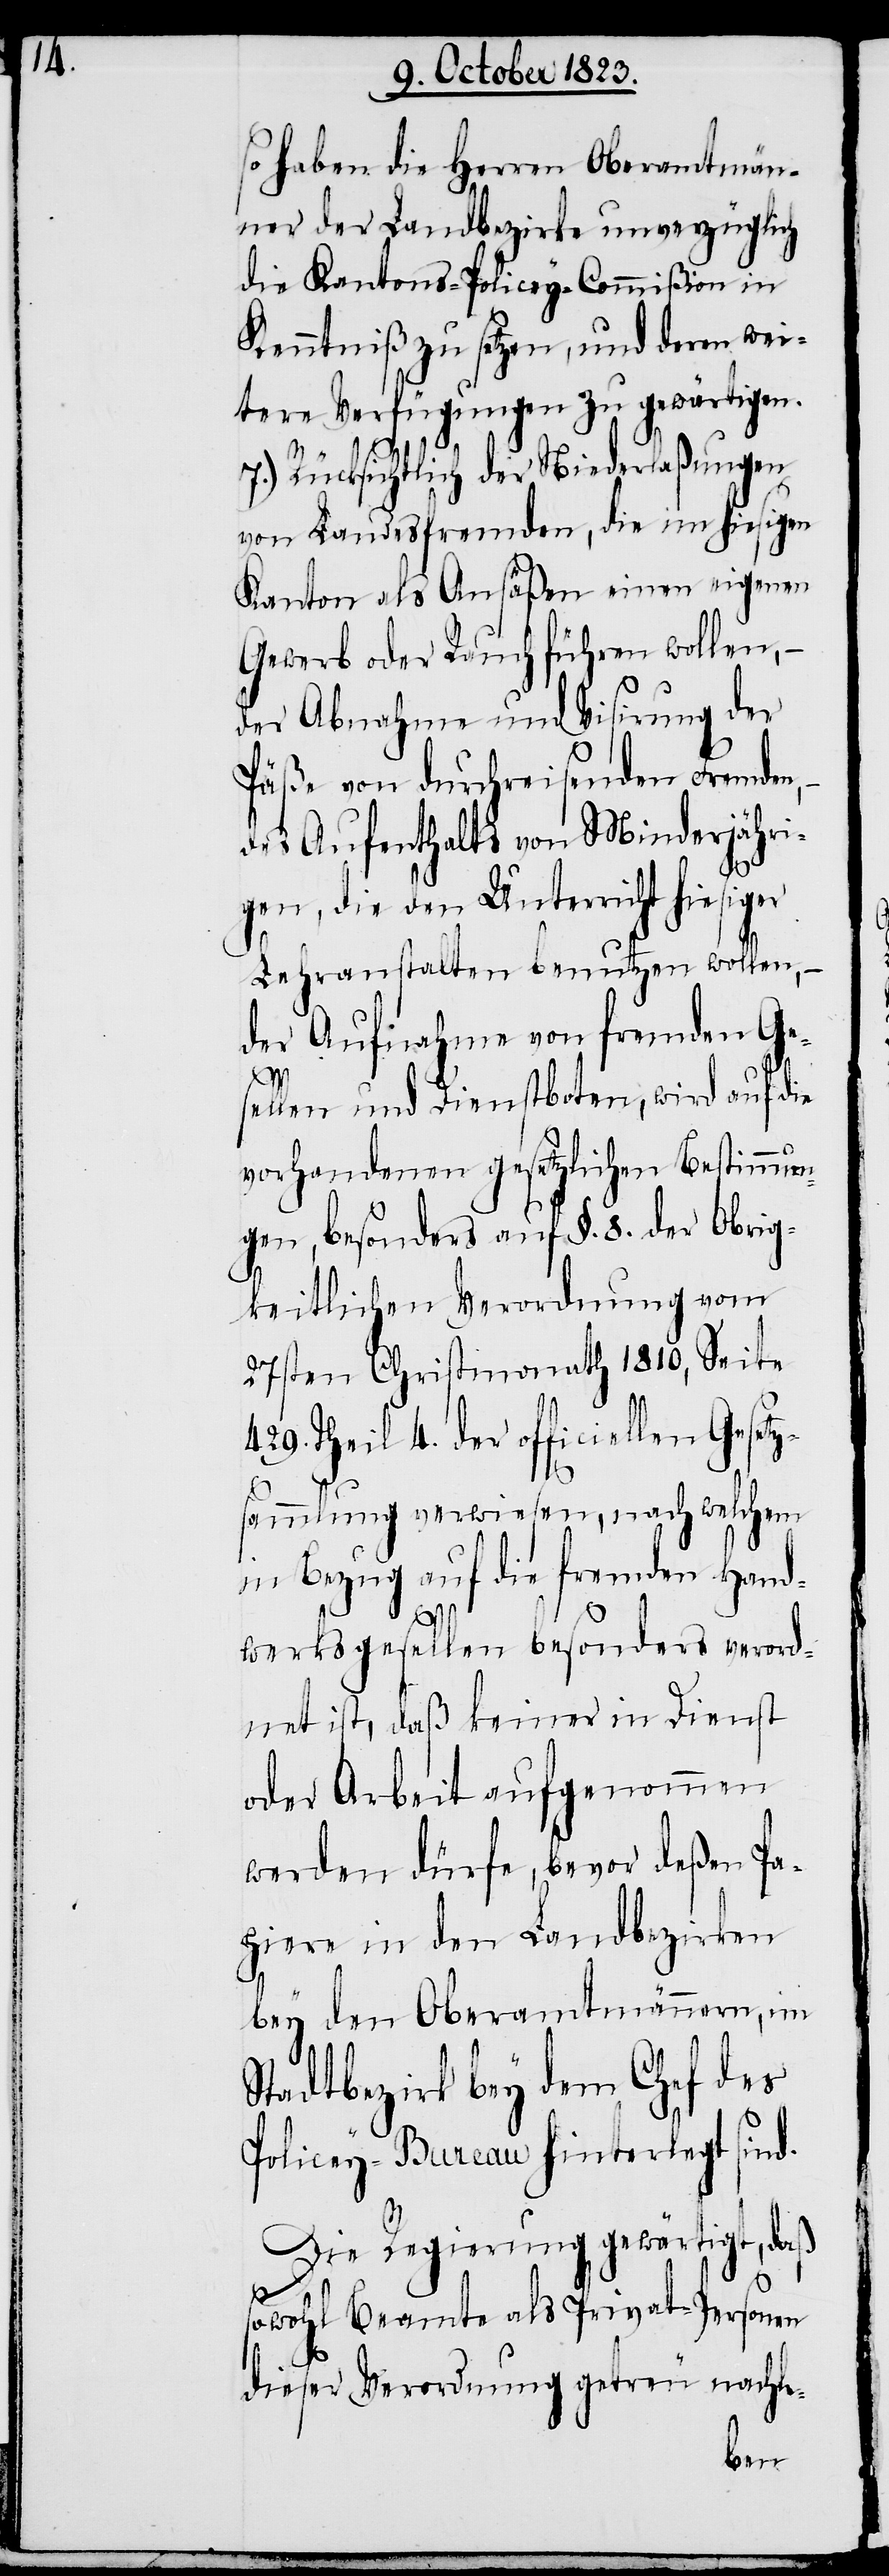
so haben die Herren Oberamtmän¬
ner der Landbezirke unverzüglich
die Kantons-Policey-Commißion in
Kenntniß zu setzen, und deren wei¬
tere Verfügungen zu gewärtigen.
7.) Rücksichtlich der Niederlaßungen
von Landesfremden, die im hiesigen
Kanton als Ansäßen einen eigenen
Gewerb oder Rauch führen wollen,
der Abnahme und Visirung der
Päße von durchreisenden Fremden,
des Aufenthalts von Minderjähri¬
gen, die den Unterricht hiesiger
Lehranstalten benutzen wollen,
der Aufnahme von fremden Ge¬
sellen und Dienstboten, wird auf die
vorhandenen gesetzlichen Bestimmun¬
gen, besonders auf §. 8. der obrig¬
keitlichen Verordnungen vom
27sten Christmonath 1810, Seite
429. Theil 4. der officiellen Gesetz¬
sammlung verwiesen, nach welchem
in Bezug auf die fremden Hand¬
werksgesellen besonders verord¬
net ist, daß keiner in Dienst
oder Arbeit aufgenommen
werden dürfe, bevor deßen Pa¬
piere in den Landbezirken
bey den Oberamtmännern, im
Stadtbezirk bey dem Chef des
Policey-Bureau hinterlegt sind.
Die Regierung gewärtigt, daß
sowohl Beamte als Privat-Personen
dieser Verordnung getreu nachle-